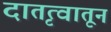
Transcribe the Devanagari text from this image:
दातृत्वातून